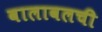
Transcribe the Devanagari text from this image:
वालावलची